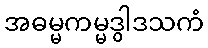
အဓမ္မကမ္မဒွါဒသကံ